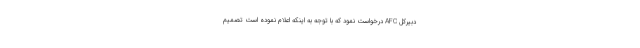
دبیرکل AFC درخواست نمود که با توجه به اینکه اعلام نموده است تصمیم